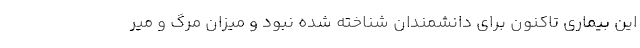
این بیماری تاکنون برای دانشمندان شناخته شده نبود و میزان مرگ و میر